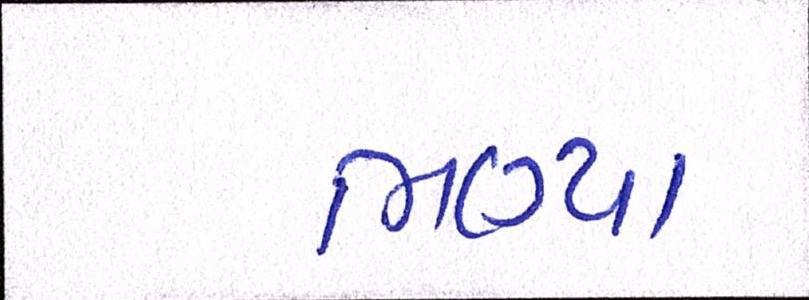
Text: ભણ્યા